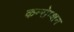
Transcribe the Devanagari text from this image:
कन्सेप्शन